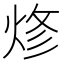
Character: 𰞦